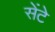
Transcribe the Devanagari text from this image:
सेंटे